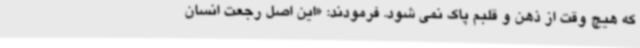
که هیچ وقت از ذهن و قلبم پاک نمی شود. فرمودند: «این اصل رجعت انسان